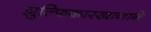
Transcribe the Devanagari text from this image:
झुल्फिकारखानाने